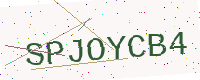
Text: SPJOYCB4